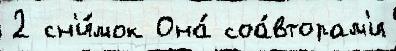
2 сн'и́мок Она́ соа́вторам'и